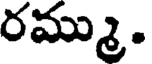
రమ్ము.